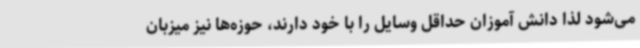
می‌شود لذا دانش آموزان حداقل وسایل را با خود دارند، حوزه‌ها نیز میزبان